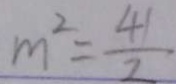
m ^ { 2 } = \frac { 4 1 } { 2 }